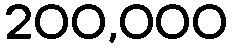
200,000